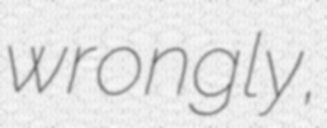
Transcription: wrongly,